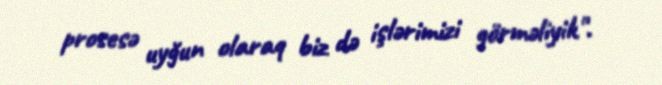
prosesə uyğun olaraq biz də işlərimizi görməliyik".